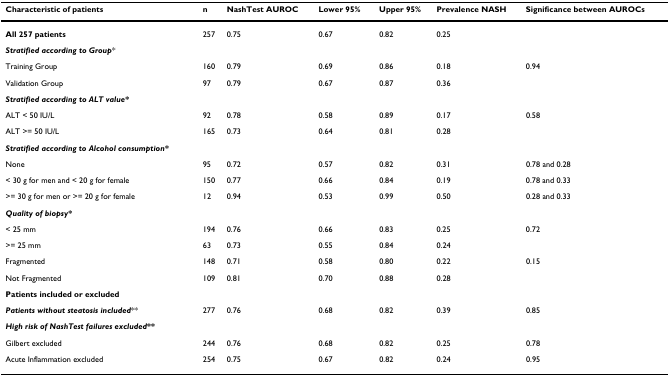
| Characteristic of patients | n | NashTest AUROC | Lower 95% | Upper 95% | Prevalence NASH | Significance between AUROCs |
 | --- | --- | --- | --- | --- | --- | --- |
 | All 257 patients | 257 | 0.75 | 0.67 | 0.82 | 0.25 |  |
 | Stratified according to Group* |  |  |  |  |  |  |
 | Training Group | 160 | 0.79 | 0.69 | 0.86 | 0.18 | 0.94 |
 | Validation Group | 97 | 0.79 | 0.67 | 0.87 | 0.36 |  |
 | Stratified according to ALT value* |  |  |  |  |  |  |
 | ALT < 50 IU/L | 92 | 0.78 | 0.58 | 0.89 | 0.17 | 0.58 |
 | ALT >= 50 IU/L | 165 | 0.73 | 0.64 | 0.81 | 0.28 |  |
 | Stratified according to Alcohol consumption* |  |  |  |  |  |  |
 | None | 95 | 0.72 | 0.57 | 0.82 | 0.31 | 0.78 and 0.28 |
 | < 30 g for men and < 20 g for female | 150 | 0.77 | 0.66 | 0.84 | 0.19 | 0.78 and 0.33 |
 | >= 30 g for men or >= 20 g for female | 12 | 0.94 | 0.53 | 0.99 | 0.50 | 0.28 and 0.33 |
 | Quality of biopsy* |  |  |  |  |  |  |
 | < 25 mm | 194 | 0.76 | 0.66 | 0.83 | 0.25 | 0.72 |
 | >= 25 mm | 63 | 0.73 | 0.55 | 0.84 | 0.24 |  |
 | Fragmented | 148 | 0.71 | 0.58 | 0.80 | 0.22 | 0.15 |
 | Not Fragmented | 109 | 0.81 | 0.70 | 0.88 | 0.28 |  |
 | Patients included or excluded |  |  |  |  |  |  |
 | Patients without steatosis included** | 277 | 0.76 | 0.68 | 0.82 | 0.39 | 0.85 |
 | High risk of NashTest failures excluded** |  |  |  |  |  |  |
 | Gilbert excluded | 244 | 0.76 | 0.68 | 0.82 | 0.25 | 0.78 |
 | Acute Inflammation excluded | 254 | 0.75 | 0.67 | 0.82 | 0.24 | 0.95 |